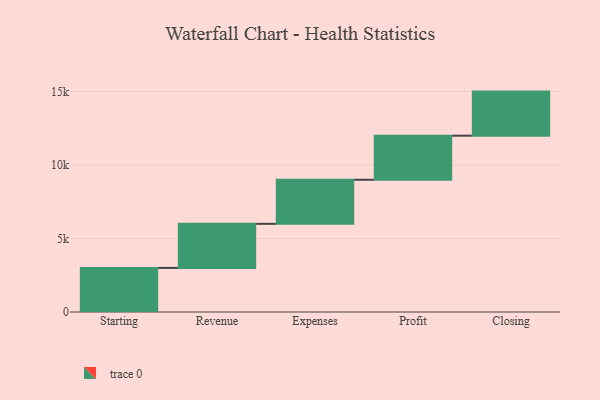
{"axis": {"x": "Step", "y": "Value"}, "legend": [""], "data": [{"x": "Starting", "y": 3000, "type": ""}, {"x": "Revenue", "y": 3000, "type": ""}, {"x": "Expenses", "y": 3000, "type": ""}, {"x": "Profit", "y": 3000, "type": ""}, {"x": "Closing", "y": 3000, "type": ""}]}